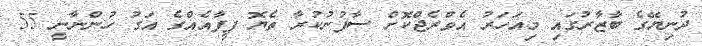
ދުނިޔޭގެ ބާޒާރުގައި މިއަހަރު އެވްރެޖްކޮށް ސާފުނުކުރާ ތެޔޮ ފީފާއެއްގެ އަގު ހުންނާނީ 55